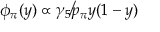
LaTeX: \phi _ { \pi } ( y ) \propto \gamma _ { 5 } \not p _ { \pi } y ( 1 - y )